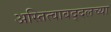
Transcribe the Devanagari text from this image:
अस्तित्वाबद्दलच्या